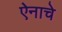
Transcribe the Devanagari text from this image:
ऐनाचे